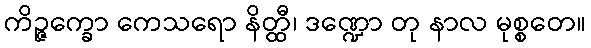
ကိဉ္ဇက္ခော ကေသရော နိတ္ထီ၊ ဒဏ္ဍော တု နာလ မုစ္စတေ။